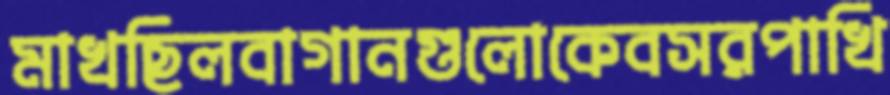
মাখছিলবাগানগুলোকেবসরপাখি